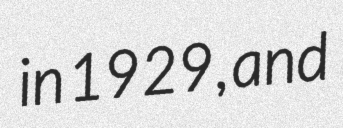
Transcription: in 1929, and